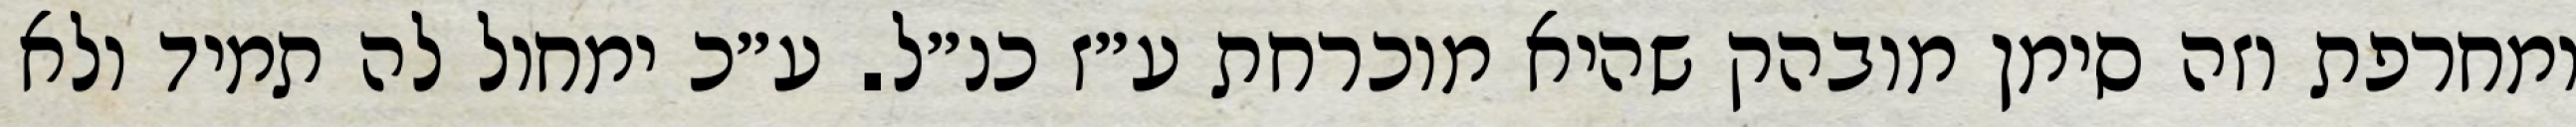
ומחרפת וזה סימן מובהק שהיא מוכרחת ע״ז כנ״ל. ע״כ ימחול לה תמיד ולא